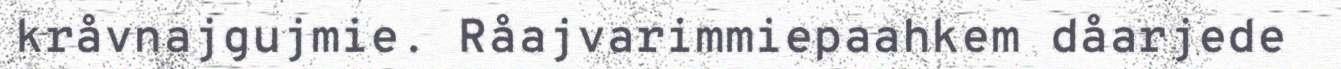
kråvnajgujmie. Råajvarimmiepaahkem dåarjede